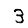
Digit: 3